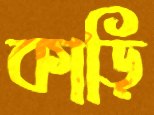
কাড়ি